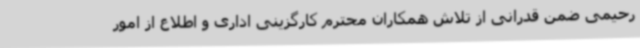
رحیمی ضمن قدرانی از تلاش همکاران محترم کارگزینی اداری و اطلاع از امور